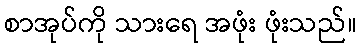
စာအုပ်ကို သားရေ အဖုံး ဖုံးသည်။